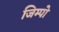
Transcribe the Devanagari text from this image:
जिम्पो